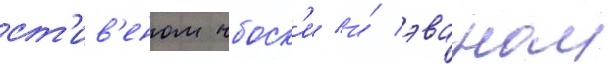
ст'ив'еном чбоск'и и́ эваном